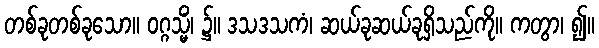
တစ်ခုတစ်ခုသော။ ဝဂ္ဂသ္မိံ၊ ၌။ ဒသဒသကံ၊ ဆယ်ခုဆယ်ခုရှိသည်ကို။ ကတွာ၊ ၍။